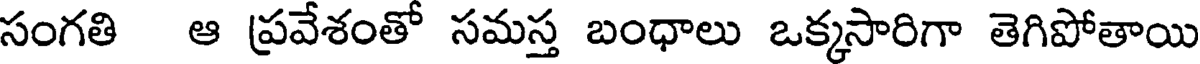
సంగతి ఆ ప్రవేశంతో సమస్త బంధాలు ఒక్కసారిగా తెగిపోతాయి